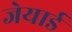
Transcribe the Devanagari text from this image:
जेयार्ड